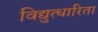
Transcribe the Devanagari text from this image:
विद्युत्धारिता